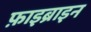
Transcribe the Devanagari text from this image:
फ़ाइब्राइन